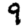
Digit: 9